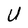
Character: U